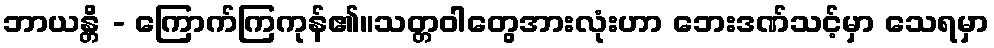
ဘာယန္တိ - ကြောက်ကြကုန်၏။သတ္တဝါတွေအားလုံးဟာ ဘေးဒဏ်သင့်မှာ သေရမှာ